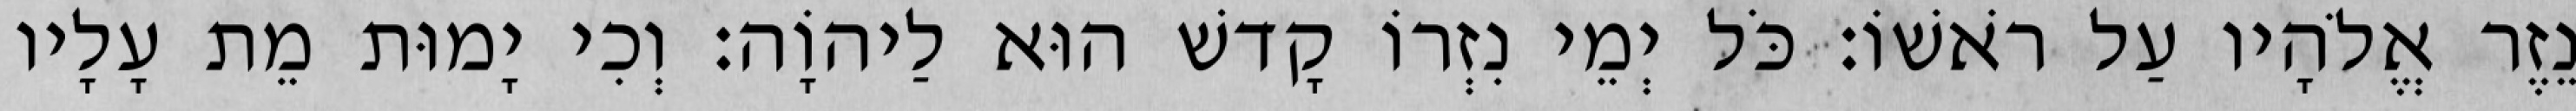
נֵזֶר אֱלֹהָיו עַל רֹאשׁוֹ׃ כֹּל יְמֵי נִזְרוֹ קָדשׁ הוּא לַיהוָֹה׃ וְכִי יָמוּת מֵת עָלָיו